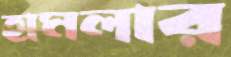
হামলার